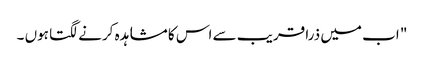
" اب میں ذرا قریب سے اس کا مشاہدہ کرنے لگتا ہوں ۔